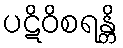
ပဋိဝိစရန္တိ